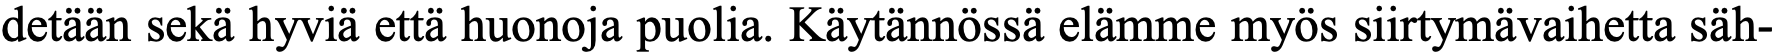
detään sekä hyviä että huonoja puolia. Käytännössä elämme myös siirtymävaihetta säh-